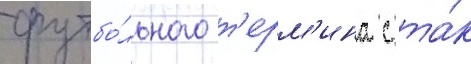
футбо́льного т'ерм'ина с та́к